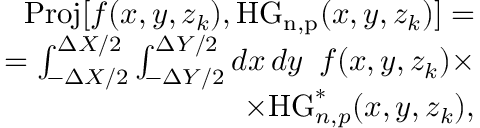
\begin{array} { r } { \mathrm { P r o j } [ f ( x , y , z _ { k } ) , \mathrm { H G _ { n , p } } ( x , y , z _ { k } ) ] = } \\ { = \int _ { - \Delta X / 2 } ^ { \Delta X / 2 } \int _ { - \Delta Y / 2 } ^ { \Delta Y / 2 } \mathop { d x } \mathop { d y } ~ f ( x , y , z _ { k } ) \times } \\ { \times \mathrm { H G } _ { n , p } ^ { * } ( x , y , z _ { k } ) , } \end{array}